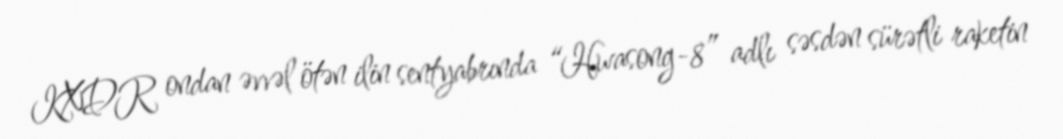
KXDR ondan əvvəl ötən ilin sentyabrında “Hwasong-8” adlı səsdən sürətli raketin